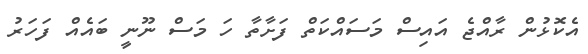
އެކޮޅުން ރާއްޖެ އައިސް މަސައްކަތް ފަށާތާ ހަ މަސް ނޫނީ ބައެއް ފަހަރު